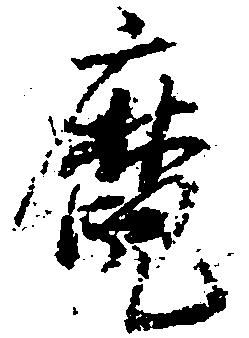
麑